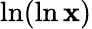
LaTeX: \ln(\ln\mathbf{x})